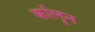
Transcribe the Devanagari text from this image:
कॉलून